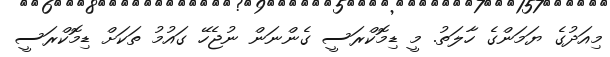
މިއަދުގެ ޔަމަންގެ ހާލަތު. މީ ޑިމޮކްރަސީ ގެންނަން ނުޖެހޭ ގައުމު ތަކަށް ޑިމޮކްރަސީ